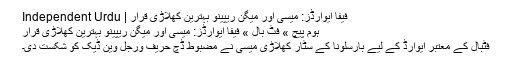
فیفا ایوارڈز: میسی اور میگن ریپینو بہترین کھلاڑی قرار | Independent Urdu
ہوم پیچ » فٹ بال » فیفا ایوارڈز: میسی اور میگن ریپینو بہترین کھلاڑی قرار
فٹبال کے معتبر ایوارڈ کے لیے بارسلونا کے سٹار کھلاڑی میسی نے مضبوط ڈچ حریف ورجل وین ڈیک کو شکست دی۔